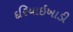
દરિયાઇખાડી